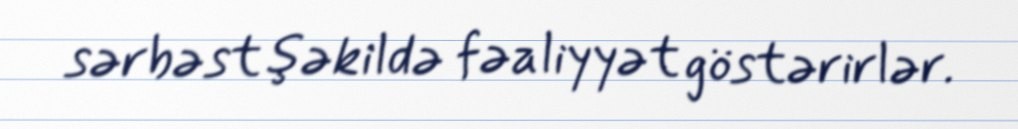
sərbəst şəkildə fəaliyyət göstərirlər.